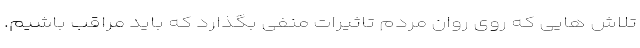
تلاش هایی که روی روان مردم تاثیرات منفی بگذارد که باید مراقب باشیم.